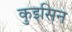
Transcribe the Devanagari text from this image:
कुइसिन